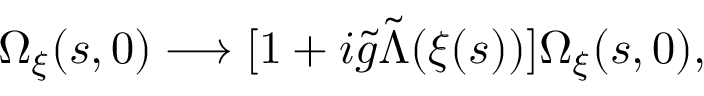
\Omega _ { \xi } ( s , 0 ) \longrightarrow [ 1 + i { \tilde { g } } { \tilde { \Lambda } } ( \xi ( s ) ) ] \Omega _ { \xi } ( s , 0 ) ,